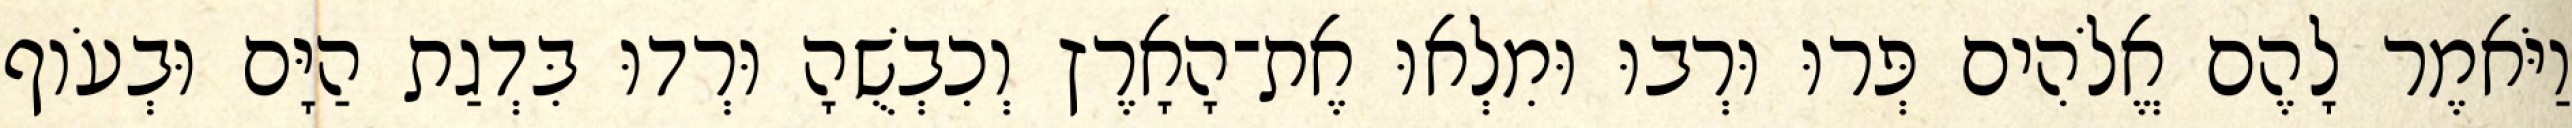
וַיֹּאמֶר לָהֶם אֱלֹהִים פְּרוּ וּרְבוּ וּמִלְאוּ אֶת־הָאָרֶץ וְכִבְשֻׁהָ וּרְדוּ בִּדְגַת הַיָּם וּבְעֹוף